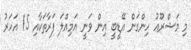
މި މަޝްރޫޢު ހިންގަން އޭޑީބީ އިން ވަނީ އަމިއްލަ ފަރާތަކާއި 15 އަހަރު